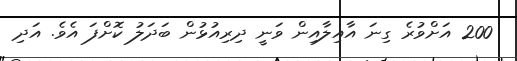
200 އަށްވުރެ ގިނަ އާއިލާއިން ވަނީ ދިރިއުޅުން ބަދަލު ކޮށްފަ އެވެ. އަދި